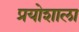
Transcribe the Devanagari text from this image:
प्रयोशाला